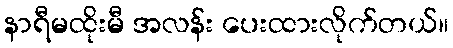
နာရီမထိုးမီ အလန်း ပေးထားလိုက်တယ်။